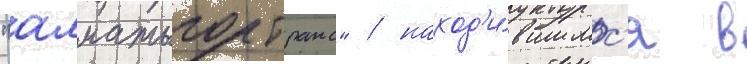
"алматыгортранс" / наход'и́вшимс'я в